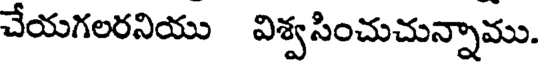
చేయగలరనియు విశ్వసించుచున్నాము.